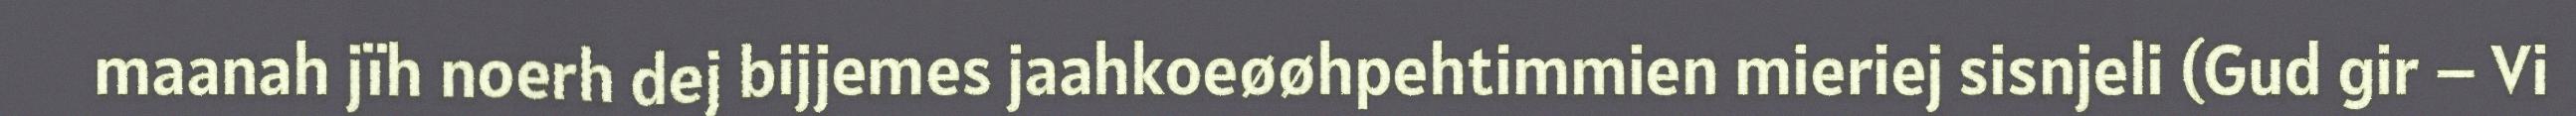
maanah jïh noerh dej bijjemes jaahkoeøøhpehtimmien mieriej sisnjeli (Gud gir – Vi